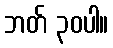
ဘတ် ၃၀ပါ။